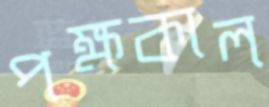
পক্ষকাল